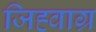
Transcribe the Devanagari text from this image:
जिह्वाग्र